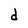
Character: d